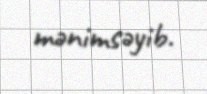
mənimsəyib.